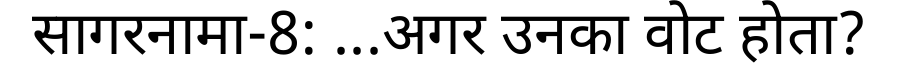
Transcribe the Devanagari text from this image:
सागरनामा-8: ...अगर उनका वोट होता?